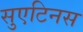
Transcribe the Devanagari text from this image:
सुएटिनस